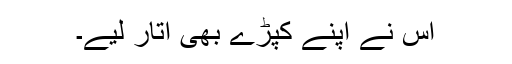
اس نے اپنے کپڑے بھی اتار لیے۔